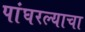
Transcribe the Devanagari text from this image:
पांघरल्याचा